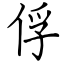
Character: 俘